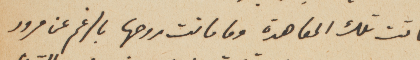
ماتت تلك المعاهدة وما ماتت روحها بالرغم عن مرور